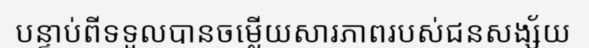
បន្ទាប់ពីទទួលបានចម្លើយសារភាពរបស់ជនសង្ស័យ